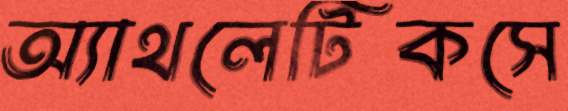
অ্যাথলেটিকসে